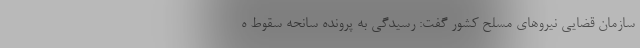
سازمان قضایی نیروهای مسلح کشور گفت: رسیدگی به پرونده سانحه سقوط ه